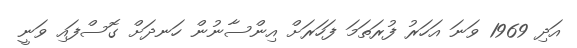
އަދި 1969 ވަނަ އަހަރު ފުރަތަމަ ފަހަރަށް އިންސާނުން ހަނދަށް ގޮސްފައި ވަނީ